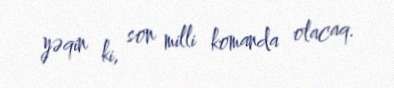
yəqin ki, son milli komanda olacaq.